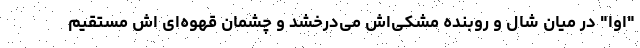
"اوا" در میان شال و روبنده مشکی‌اش می‌درخشد و چشمان قهوه‌ای اش مستقیم